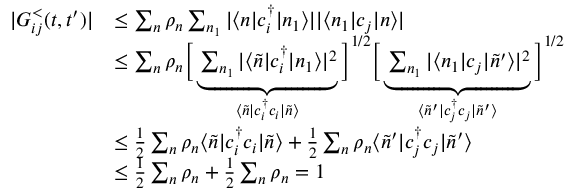
\begin{array} { r l } { | G _ { i j } ^ { < } ( t , t ^ { \prime } ) | } & { \leq \sum _ { n } \rho _ { n } \sum _ { n _ { 1 } } | \langle n | c _ { i } ^ { \dagger } | n _ { 1 } \rangle | | \langle n _ { 1 } | c _ { j } | n \rangle | } \\ & { \leq \sum _ { n } \rho _ { n } \bigg [ \underbrace { \sum _ { n _ { 1 } } | \langle \Tilde { n } | c _ { i } ^ { \dagger } | n _ { 1 } \rangle | ^ { 2 } } _ { \langle \Tilde { n } | c _ { i } ^ { \dagger } c _ { i } | \Tilde { n } \rangle } \bigg ] ^ { 1 / 2 } \bigg [ \underbrace { \sum _ { n _ { 1 } } | \langle n _ { 1 } | c _ { j } | \Tilde { n } ^ { \prime } \rangle | ^ { 2 } } _ { \langle \Tilde { n } ^ { \prime } | c _ { j } ^ { \dagger } c _ { j } | \Tilde { n } ^ { \prime } \rangle } \bigg ] ^ { 1 / 2 } } \\ & { \leq \frac { 1 } { 2 } \sum _ { n } \rho _ { n } \langle \Tilde { n } | c _ { i } ^ { \dagger } c _ { i } | \Tilde { n } \rangle + \frac { 1 } { 2 } \sum _ { n } \rho _ { n } \langle \Tilde { n } ^ { \prime } | c _ { j } ^ { \dagger } c _ { j } | \Tilde { n } ^ { \prime } \rangle } \\ & { \leq \frac { 1 } { 2 } \sum _ { n } \rho _ { n } + \frac { 1 } { 2 } \sum _ { n } \rho _ { n } = 1 } \end{array}